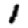
Digit: 1